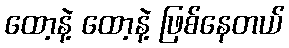
ထော့နဲ့ ထော့နဲ့ ဖြစ်နေတယ်